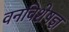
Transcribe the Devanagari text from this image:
वनविशेषज्ञ